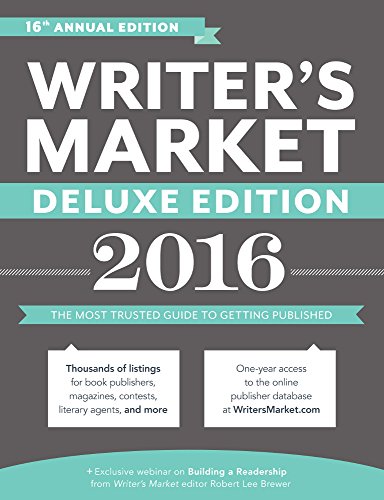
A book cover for Writer's Market Deluxe Edition 2016: The Most Trusted Guide to Getting Published; Reference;